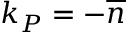
k _ { P } = - \overline { { n } }